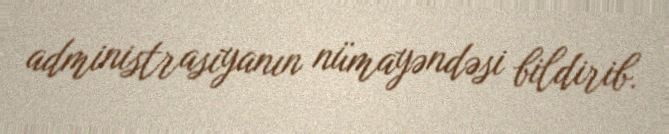
administrasiyanın nümayəndəsi bildirib.